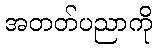
အတတ်ပညာကို